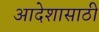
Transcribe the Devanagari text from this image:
आदेशासाठी